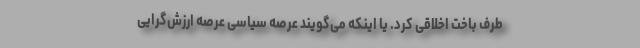
طرف باخت اخلاقی کرد. یا اینکه می‌گویند عرصه سیاسی عرصه ارزش‌گرایی